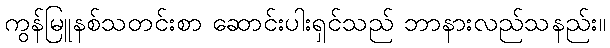
ကွန်မြူနစ်သတင်းစာ ဆောင်းပါးရှင်သည် ဘာနားလည်သနည်း။